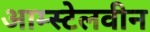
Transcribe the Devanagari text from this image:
आम्स्टेलवीन